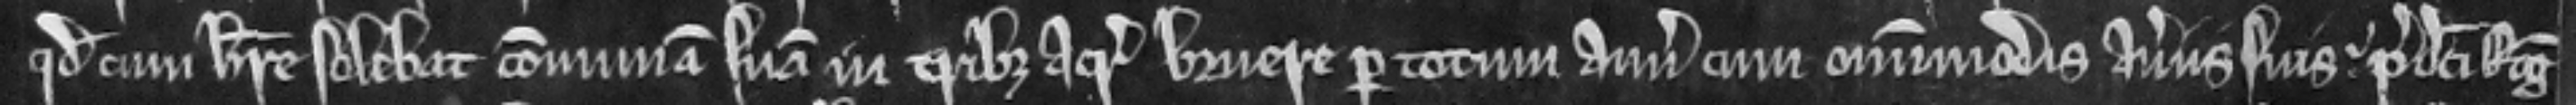
quod. cum habere solebat communam suam in tribus acris bruere per totum annum cum omnimodis averis suis. predicti Rogerus